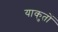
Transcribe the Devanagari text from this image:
याकुतों